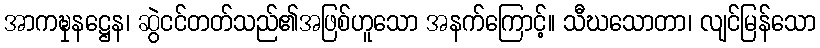
အာကဍ္ဎှနဋ္ဌေန၊ ဆွဲငင်တတ်သည်၏အဖြစ်ဟူသော အနက်ကြောင့်။ သီဃသောတာ၊ လျင်မြန်သော